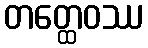
တတ္ထေဝဿ